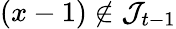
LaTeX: (x-1)\notin\mathcal{J}_{t-1}